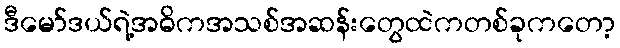
ဒီမော်ဒယ်ရဲ့အဓိကအသစ်အဆန်းတွေထဲကတစ်ခုကတော့